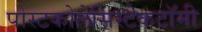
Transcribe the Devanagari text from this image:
पोस्टकोलेसिस्टेकटॉमी